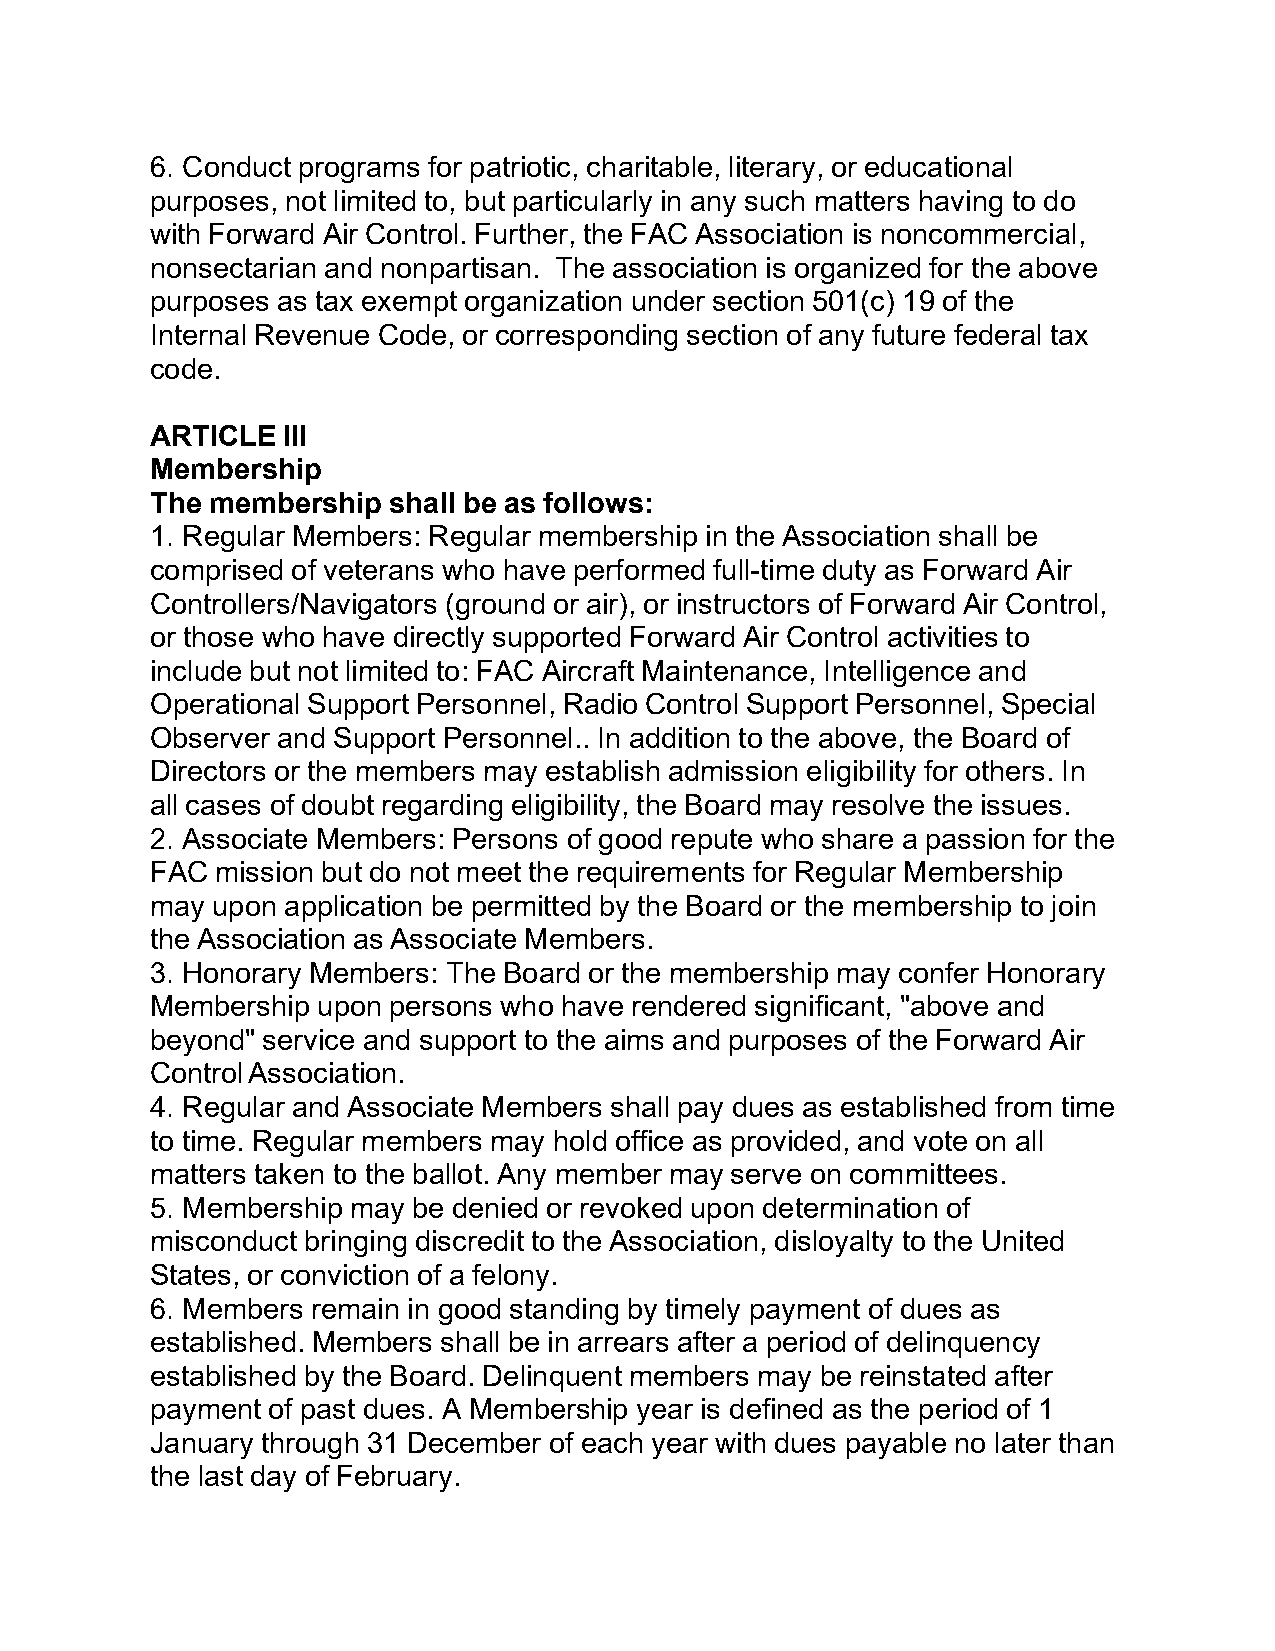
6. Conduct programs for patriotic, charitable, literary, or educational
 purposes, not limited to, but particularly in any such matters having to do
 with Forward Air Control. Further, the FAC Association is noncommercial,
 nonsectarian and nonpartisan. The association is organized for the above
 purposes as tax exempt organization under section 501(c) 19 of the
 Internal Revenue Code, or corresponding section of any future federal tax
 code.
 ARTICLE  III
 Membership
 The membership  shall be as follows:
 1. Regular Members: Regular membership in the Association shall be
 comprised of veterans who have performed full-time duty as Forward Air
 Controllers/Navigators (ground or air), or instructors of Forward Air Control,
 or those who have directly supported Forward Air Control activities to
 include but not limited to: FAC Aircraft Maintenance, Intelligence and
 Operational Support Personnel, Radio Control Support Personnel, Special
 Observer and Support Personnel.. In addition to the above, the Board of
 Directors or the members may establish admission eligibility for others. In
 all cases of doubt regarding eligibility, the Board may resolve the issues.
 2. Associate Members: Persons of good repute who share a passion for the
 FAC mission but do not meet the requirements for Regular Membership
 may upon application be permitted by the Board or the membership to join
 the Association as Associate Members.
 3. Honorary Members: The Board or the membership may confer Honorary
 Membership upon persons who have rendered significant, "above and
 beyond" service and support to the aims and purposes of the Forward Air
 Control Association.
 4. Regular and Associate Members shall pay dues as established from time
 to time. Regular members may hold office as provided, and vote on all
 matters taken to the ballot. Any member may serve on committees.
 5. Membership may be denied or revoked upon determination of
 misconduct bringing discredit to the Association, disloyalty to the United
 States, or conviction of a felony.
 6. Members remain in good standing by timely payment of dues as
 established. Members shall be in arrears after a period of delinquency
 established by the Board. Delinquent members may be reinstated after
 payment of past dues. A Membership year is defined as the period of 1
 January through 31 December of each year with dues payable no later than
 the last day of February.